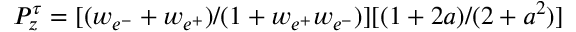
P _ { z } ^ { \tau } = [ ( w _ { e ^ { - } } + w _ { e ^ { + } } ) / ( 1 + w _ { e ^ { + } } w _ { e ^ { - } } ) ] [ ( 1 + 2 a ) / ( 2 + a ^ { 2 } ) ]